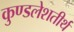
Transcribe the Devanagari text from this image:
कुण्डलेशतीर्थ